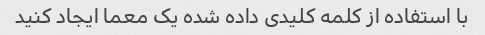
با استفاده از کلمه کلیدی داده شده یک معما ایجاد کنید